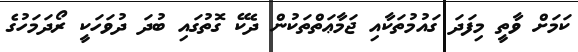
ކަމަށް ވާތީ މިފަދަ ގައުމުތަކާއި ޖަމާޢަތްތަކުން ދެކޭ ގޮތުގައި ބުދަ ދުވަހަކީ ރޯދަމަހުގެ